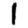
Digit: 1